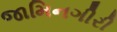
જામિનગીરી